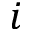
i